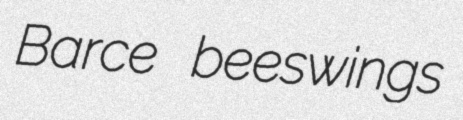
Barce beeswings